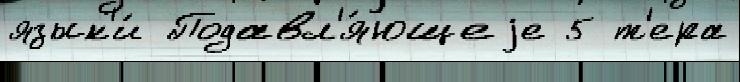
язык'и́ Подавл'я́ющеjе 5 т'ера